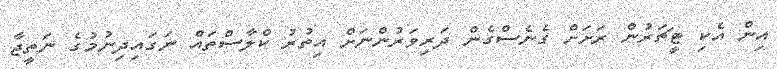
އިން އެކި ޓީޗަރުން ރަށަށް ގެނެސްގެން ދަރިވަރުންނަށް އިތުރު ކްލާސްތައް ނަގައިދިނުމުގެ ނަތީޖާ